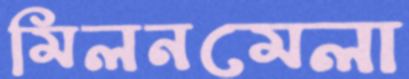
মিলনমেলা